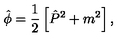
\hat { \phi } = \frac { 1 } { 2 } \left[ \hat { P } ^ { 2 } + m ^ { 2 } \right] ,